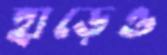
হাড়েও